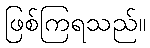
ဖြစ်ကြရသည်။